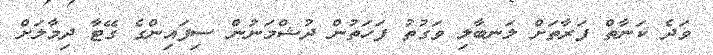
ވަދެ ކަނާތް ފަރާތަށް ލަނބާލި ވަގުތު ފަހަތުން ދުޝްމަނުން ސިފައިންގެ ގޭޓާ ދިމާލަށް